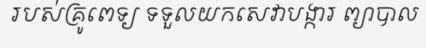
របស់គ្រូពេទ្យ ទទួលយកសេវាបង្ការ ព្យាបាល